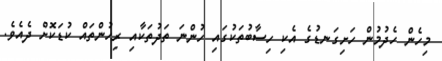
މިހެން ހެދުމުން ހަށިގަނޑުގެ އެކި ހިސާބުތަކުގައި ހުންނަ ތަދުތަކާއި ރިހުންތައް ކުޑަކޮށް ދެއެވެ.